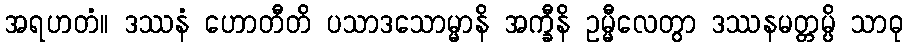
အရဟတံ။ ဒဿနံ ဟောတီတိ ပသာဒသောမ္မာနိ အက္ခီနိ ဥမ္မီလေတွာ ဒဿနမတ္တမ္ပိ သာဓု